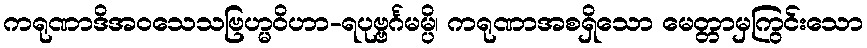
ကရုဏာဒိအဝသေသဗြဟ္မဝိဟာ-ရပုဗ္ဗင်္ဂမမ္ပိ၊ ကရုဏာအစရှိသော မေတ္တာမှကြွင်းသော